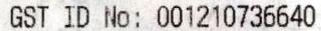
GST ID NO: 001210736640